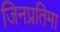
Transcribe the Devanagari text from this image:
जिनप्रतिमा